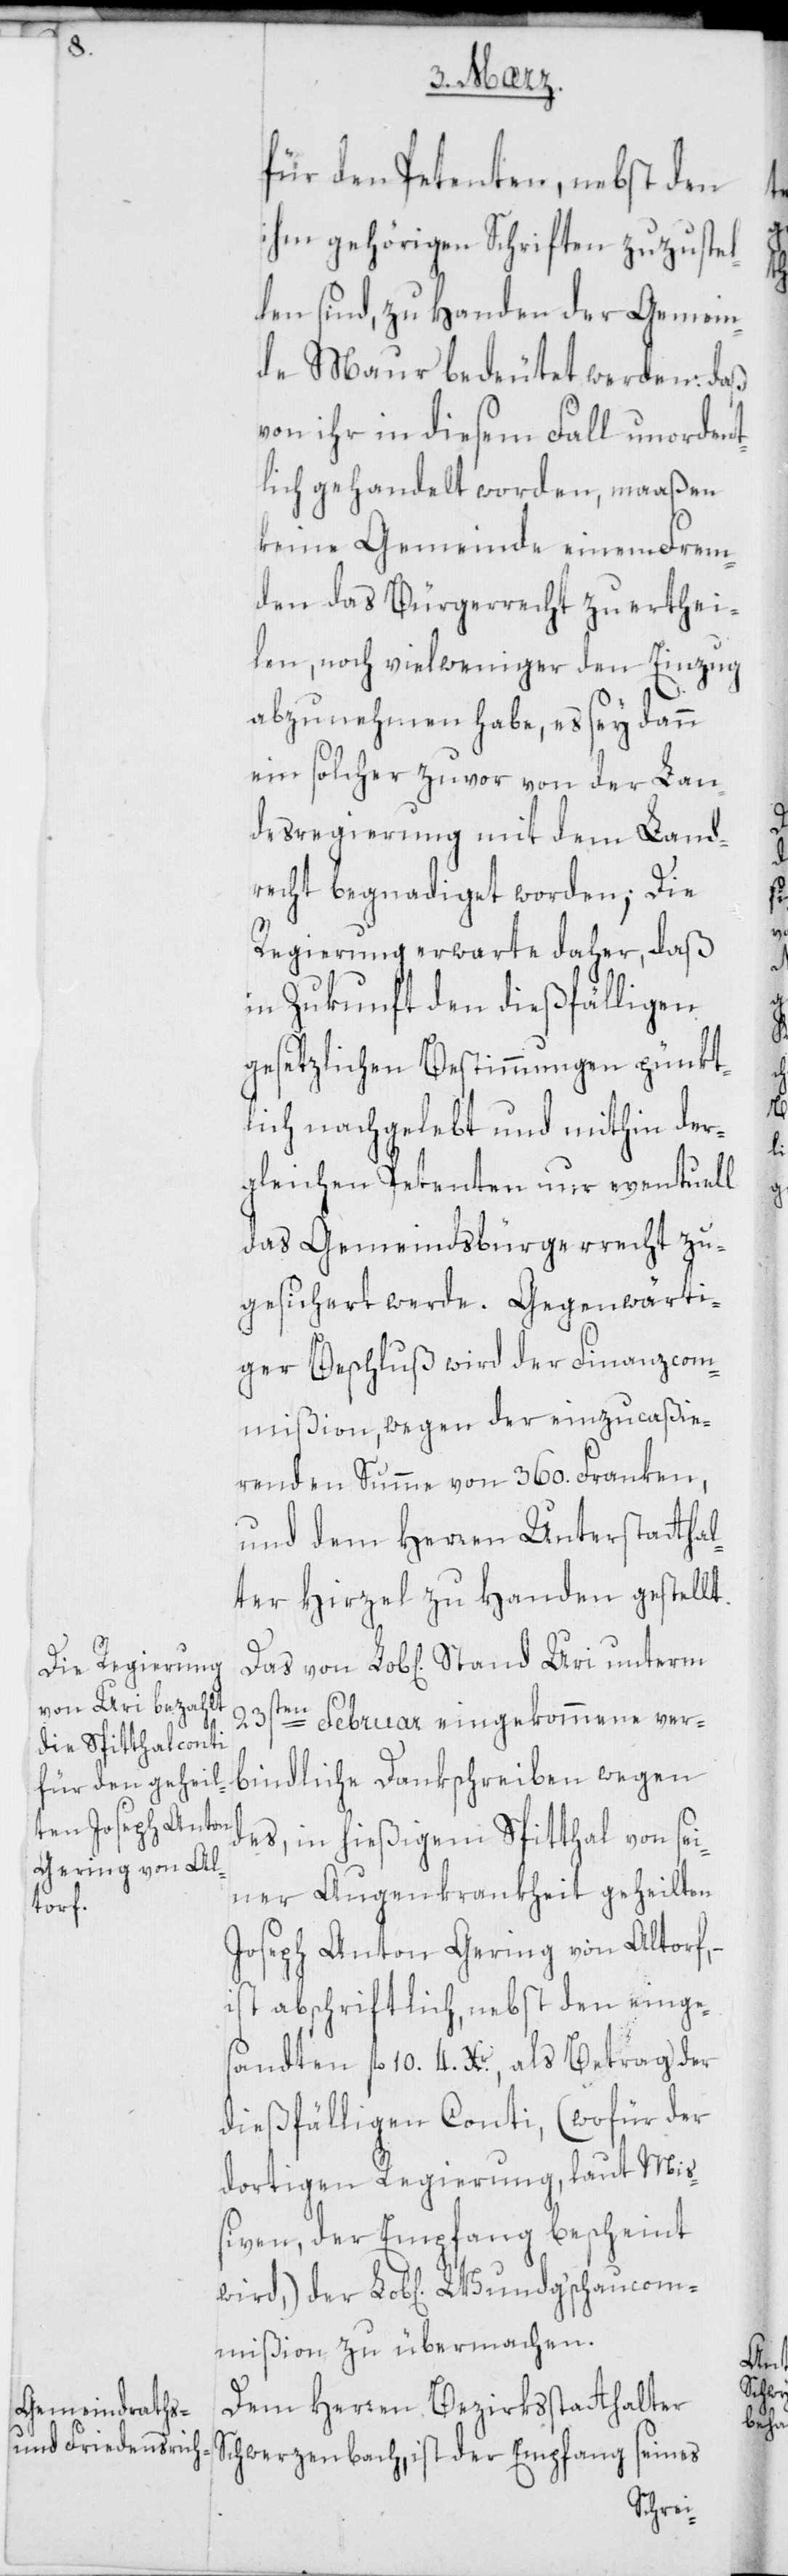
für den Petenten, nebst den
ihm gehörigen Schriften zuzustel¬
len sind, zu Handen der Gemein¬
de Maur bedeutet werden: daß
von ihr in diesem Fall unordent¬
lich gehandelt worden, maaßen
keine Gemeinde einem Frem¬
den das Bürgerrecht zu erthei¬
len, noch viel weniger den Einzug
abzunehmen habe, es sey dann
ein solcher zuvor von der Lan¬
desregierung mit dem Land¬
recht begnadiget worden; Die
Regierung erwarte daher, daß
in Zukunft den dießfälligen
gesetzlichen Bestimmungen pünkt¬
lich nachgelebt und mithin der¬
gleichen Petenten nur eventuell
das Gemeindsbürgerrecht zu¬
gesichert werde. Gegenwärti¬
ger Beschluß wird der Finanzcom¬
mißion, wegen der einzucaßie¬
renden Summe von 360. Franken,
und dem Herren Unterstatthal¬
ter Hirzel zu Handen gestellt.
23sten Februar eingekommene ver¬
bindliche Dankschreiben wegen
des, in hießigem Spitthal von sei¬
ner Augenkrankheit geheilten
Joseph Anton Gering von Altorf, –
ist abschriftlich, nebst den einges¬
andten fl. 10. 4. Xr. als Betrag der
dießfälligen Conti, (wofür der
dortigen Regierung, laut Mi¬
ßiven, der Empfang bescheint
wird,) der Lob[lichen] Wundg'schaucom¬
mißion zu übermachen.
Dem Herren Bezirksstatthalter
Schwerzenbach, ist der Empfang seines